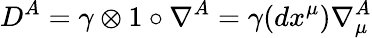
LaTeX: D^{A}=\gamma\otimes 1\circ\nabla^{A}=\gamma(dx^{\mu})\nabla_{\mu}^{A}